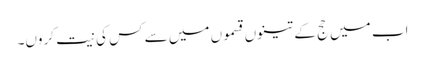
اب میں حج کے تینوں قسموں میں سے کس کی نیت کروں۔